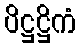
ပိဋ္ဌဋ္ဌိကံ